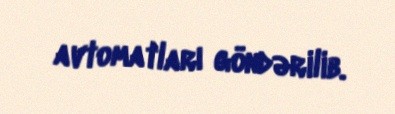
avtomatları göndərilib.